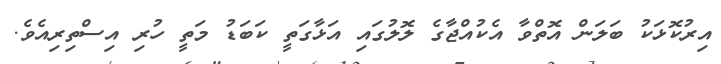
އިރުކޮޅަކު ބަލަން އޮތްވާ އެކުއްޖާގެ ލޮލުގައި އަޅާގަތީ ކަބަޑު މަތީ ހުރި އިސްތިރިއެވެ.